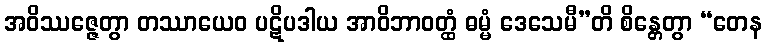
အဝိဿဇ္ဇေတွာ တဿာယေဝ ပဋိပဒါယ အာဝိဘာဝတ္ထံ ဓမ္မံ ဒေသေမီ”တိ စိန္တေတွာ “တေန